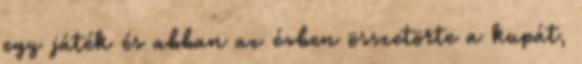
egy játék és abban az évben összetörte a kupát,